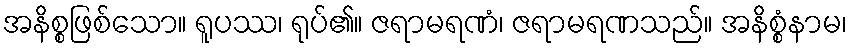
အနိစ္စဖြစ်သော။ ရူပဿ၊ ရုပ်၏။ ဇရာမရဏံ၊ ဇရာမရဏသည်။ အနိစ္စံနာမ၊